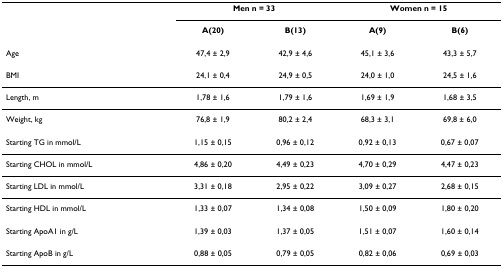
<table><thead><tr><td></td><td colspan="2"><b>Men n = 33</b></td><td colspan="2"><b>Women n = 15</b></td></tr><tr><td></td><td><b>A(20)</b></td><td><b>B(13)</b></td><td><b>A(9)</b></td><td><b>B(6)</b></td></tr></thead><tbody><tr><td>Age</td><td>47,4 ± 2,9</td><td>42,9 ± 4,6</td><td>45,1 ± 3,6</td><td>43,3 ± 5,7</td></tr><tr><td>BMI</td><td>24,1 ± 0,4</td><td>24,9 ± 0,5</td><td>24,0 ± 1,0</td><td>24,5 ± 1,6</td></tr><tr><td>Length, m</td><td>1,78 ± 1,6</td><td>1,79 ± 1,6</td><td>1,69 ± 1,9</td><td>1,68 ± 3,5</td></tr><tr><td>Weight, kg</td><td>76,8 ± 1,9</td><td>80,2 ± 2,4</td><td>68,3 ± 3,1</td><td>69,8 ± 6,0</td></tr><tr><td>Starting TG in mmol/L</td><td>1,15 ± 0,15</td><td>0,96 ± 0,12</td><td>0,92 ± 0,13</td><td>0,67 ± 0,07</td></tr><tr><td>Starting CHOL in mmol/L</td><td>4,86 ± 0,20</td><td>4,49 ± 0,23</td><td>4,70 ± 0,29</td><td>4,47 ± 0,23</td></tr><tr><td>Starting LDL in mmol/L</td><td>3,31 ± 0,18</td><td>2,95 ± 0,22</td><td>3,09 ± 0,27</td><td>2,68 ± 0,15</td></tr><tr><td>Starting HDL in mmol/L</td><td>1,33 ± 0,07</td><td>1,34 ± 0,08</td><td>1,50 ± 0,09</td><td>1,80 ± 0,20</td></tr><tr><td>Starting ApoA1 in g/L</td><td>1,39 ± 0,03</td><td>1,37 ± 0,05</td><td>1,51 ± 0,07</td><td>1,60 ± 0,14</td></tr><tr><td>Starting ApoB in g/L</td><td>0,88 ± 0,05</td><td>0,79 ± 0,05</td><td>0,82 ± 0,06</td><td>0,69 ± 0,03</td></tr></tbody></table>